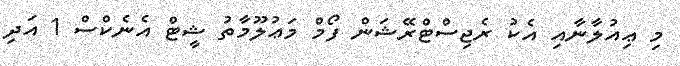
މި ޢިއުލާނާއި އެކު ރެޖިސްޓްރޭޝަން ފޯމް މަޢުލޫމާތު ޝީޓް އެނެކްސް 1 އަދި